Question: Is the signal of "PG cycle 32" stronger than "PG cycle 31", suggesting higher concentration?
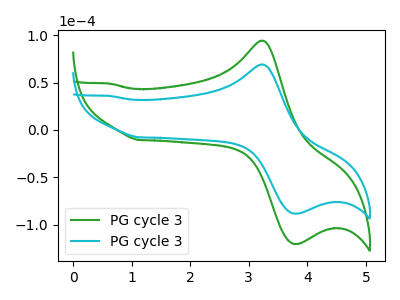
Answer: <think>The green curve "PG cycle 31" has an anodic peak at (3.20V, 94.35uA) and a cathodic peak at (3.85V, -120.35uA). The cyan curve "PG cycle 32" has an anodic peak at (3.20V, 69.25uA) and a cathodic peak at (3.85V, -88.30uA).
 All the peaks in "PG cycle 32" have a peak in "PG cycle 31" at the same potential. Every peak in "PG cycle 32" is lower than every peak in "PG cycle 31".</think>
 <answer>"PG cycle 32" has less signal than "PG cycle 31" and so likely has a lower concentration.</answer>
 <eval>less_concentration</eval>